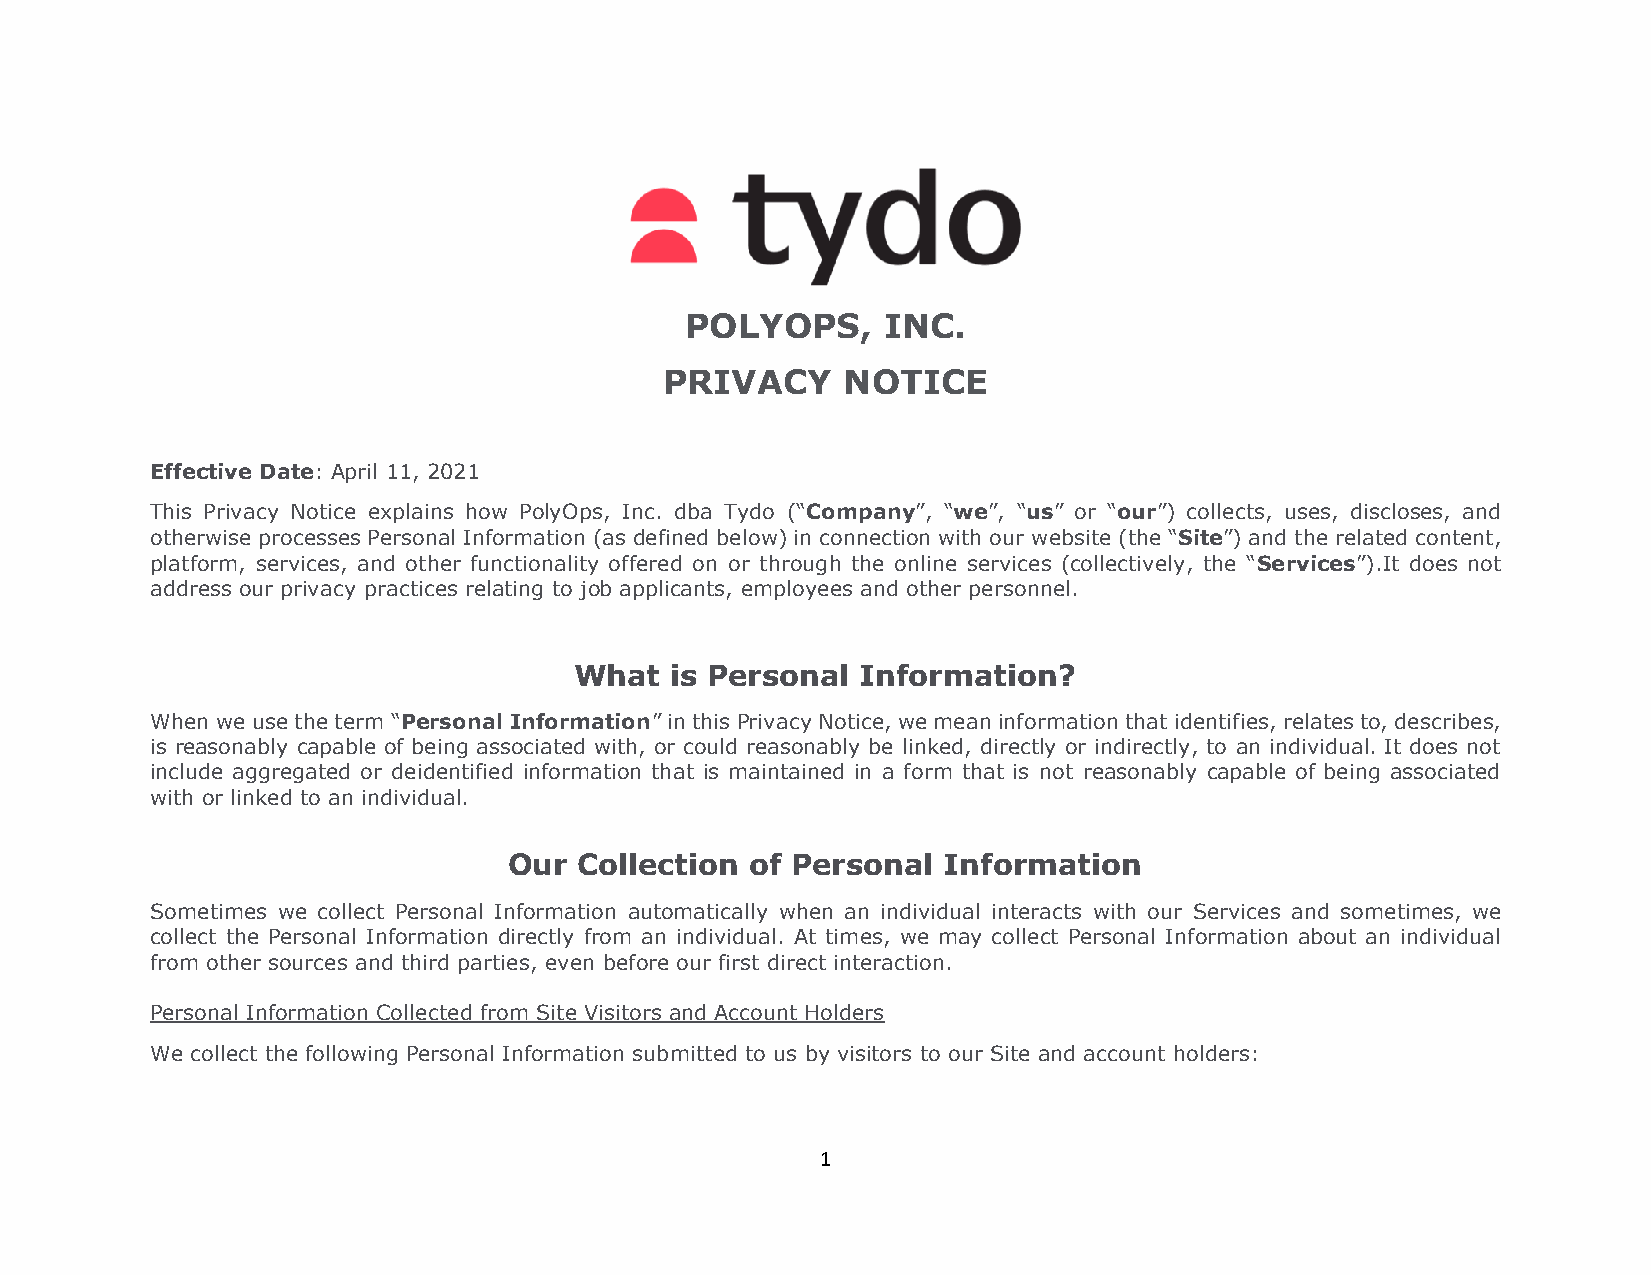
POLYOPS,     INC.
 PRIVACY     NOTICE
 Effective Date: April 11, 2021
 This Privacy Notice explains how PolyOps, Inc. dba Tydo (“Company”, “we”, “us” or “our”) collects, uses, discloses, and
 otherwise processes Personal Information (as defined below) in connection with our website (the “Site”) and the related content,
 platform, services, and other functionality offered on or through the online services (collectively, the “Services”).It does not
 address our privacy practices relating to job applicants, employees and other personnel.
 What  is Personal  Information?
 When we use the term “Personal Information” in this Privacy Notice, we mean information that identifies, relates to, describes,
 is reasonably capable of being associated with, or could reasonably be linked, directly or indirectly, to an individual. It does not
 include aggregated or deidentified information that is maintained in a form that is not reasonably capable of being associated
 with or linked to an individual.
 Our Collection  of Personal Information
 Sometimes we collect Personal Information automatically when an individual interacts with our Services and sometimes, we
 collect the Personal Information directly from an individual. At times, we may collect Personal Information about an individual
 from other sources and third parties, even before our first direct interaction.
 Personal Information Collected from Site Visitors and Account Holders
 We collect the following Personal Information submitted to us by visitors to our Site and account holders:
 1